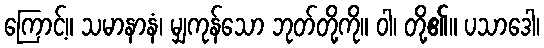
ကြောင့်။ သမာနာနံ၊ မျှကုန်သော ဘုတ်တို့ကို။ ဝါ၊ တို့၏။ ပသာဒေါ၊